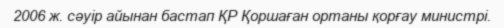
2006 ж. сәуір айынан бастап ҚР Қоршаған ортаны қорғау министрі.